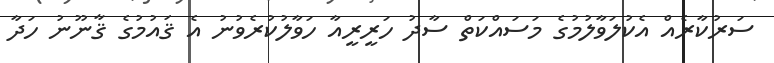
ސަރުކާރެއް އެކުލަވާލުމުގެ މަސައްކަތް ސާދު ހަރީރީއާ ހަވާލުކުރެވުނު އެ ޤައުމުގެ ޤާނޫނު ހަދާ